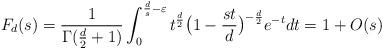
LaTeX: \begin{align*}F_d(s)=\frac{1}{\Gamma({\frac{d}{2}}+1)}\int_0 ^{{\frac{d}{s}}-\varepsilon }t^{\frac{d}{2}}\bigl(1-{\frac{s t}{d}}\bigr)^{-{\frac{d}{2}}}e^{-t}dt=1+O(s)\end{align*}